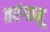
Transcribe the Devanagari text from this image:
तरंगानू